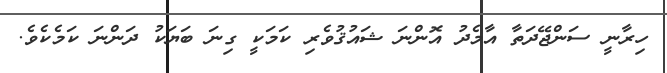
ހިރާނީ ސަންޖޭދަތާ އާމެދު އޮންނަ ޝައުޤުވެރި ކަމަކީ ގިނަ ބަޔަކު ދަންނަ ކަމެކެވެ.